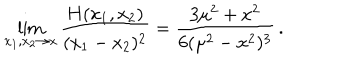
\lim _ { x _ { 1 } , x _ { 2 } \to x } \frac { H ( x _ { 1 } , x _ { 2 } ) } { ( x _ { 1 } - x _ { 2 } ) ^ { 2 } } = \frac { 3 \mu ^ { 2 } + x ^ { 2 } } { 6 ( \mu ^ { 2 } - x ^ { 2 } ) ^ { 3 } } \, .